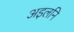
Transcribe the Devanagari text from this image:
अइलनि